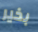
بخير